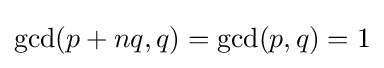
\gcd(p+nq,q)=\gcd(p,q)=1